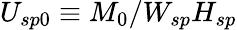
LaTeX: U_{sp0}\equiv M_{0}/W_{sp}H_{sp}